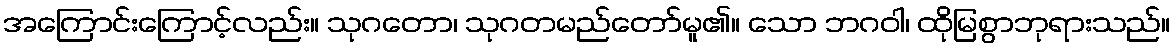
အကြောင်းကြောင့်လည်း။ သုဂတော၊ သုဂတမည်တော်မူ၏။ သော ဘဂဝါ၊ ထိုမြစွာဘုရားသည်။